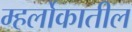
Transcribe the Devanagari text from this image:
म्हर्लोकातील